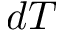
d T